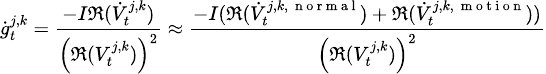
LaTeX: {\scriptsize\dot{g}_{t}^{j,k}=\frac{-I\mathfrak R(\dot{V}_{t}^{j,k})}{\left(\mathfrak R(V_{t}^{j,k})\right)^{2}}\approx\frac{-I(\mathfrak R(\dot{V}_{t}^{j,k,\mathrm{~\scriptsize~n~o~r~m~a~l~}})+\mathfrak R(\dot{V}_{t}^{j,k,\mathrm{~\scriptsize~m~o~t~i~o~n~}}))}{\left(\mathfrak R(V_{t}^{j,k})\right)^{2}}}